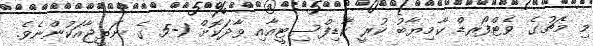
މި މެޗުގެ ވެޓްފޯރޑް ކާމިޔާބު ކުރީ ކާޑިފްސިޓީއާއި ވާދަކޮށް 1-5 ގެ ނަތީޖާއަކުންނެވެ.